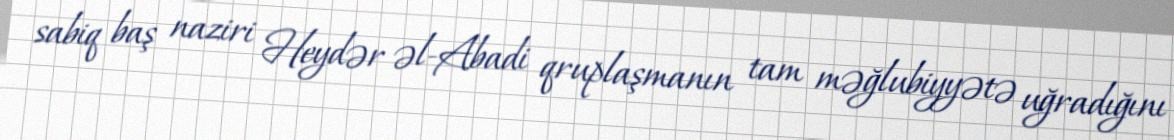
sabiq baş naziri Heydər əl-Abadi qruplaşmanın tam məğlubiyyətə uğradığını